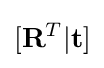
[\mathbf {R} ^{T}|\mathbf {t} ]